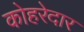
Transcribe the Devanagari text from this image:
कोहरेदार